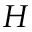
H